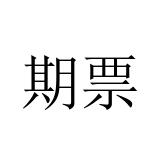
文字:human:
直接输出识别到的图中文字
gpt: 期票